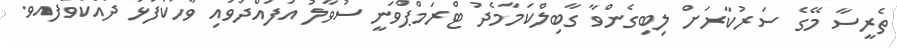
ތެރީސާ މޭގެ ސަރުކާރަށް ލިބިގެންވާ ގާބިލްކަމާމެދު ޓްރަމްޕްވަނީ ސުވާލު އުފައްދަވައި ވާހަކަފުޅު ދައްކަވާފައެވެ.